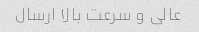
عالی و سرعت بالا ارسال